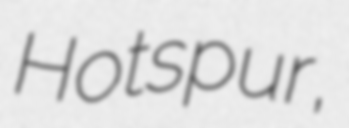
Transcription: Hotspur,